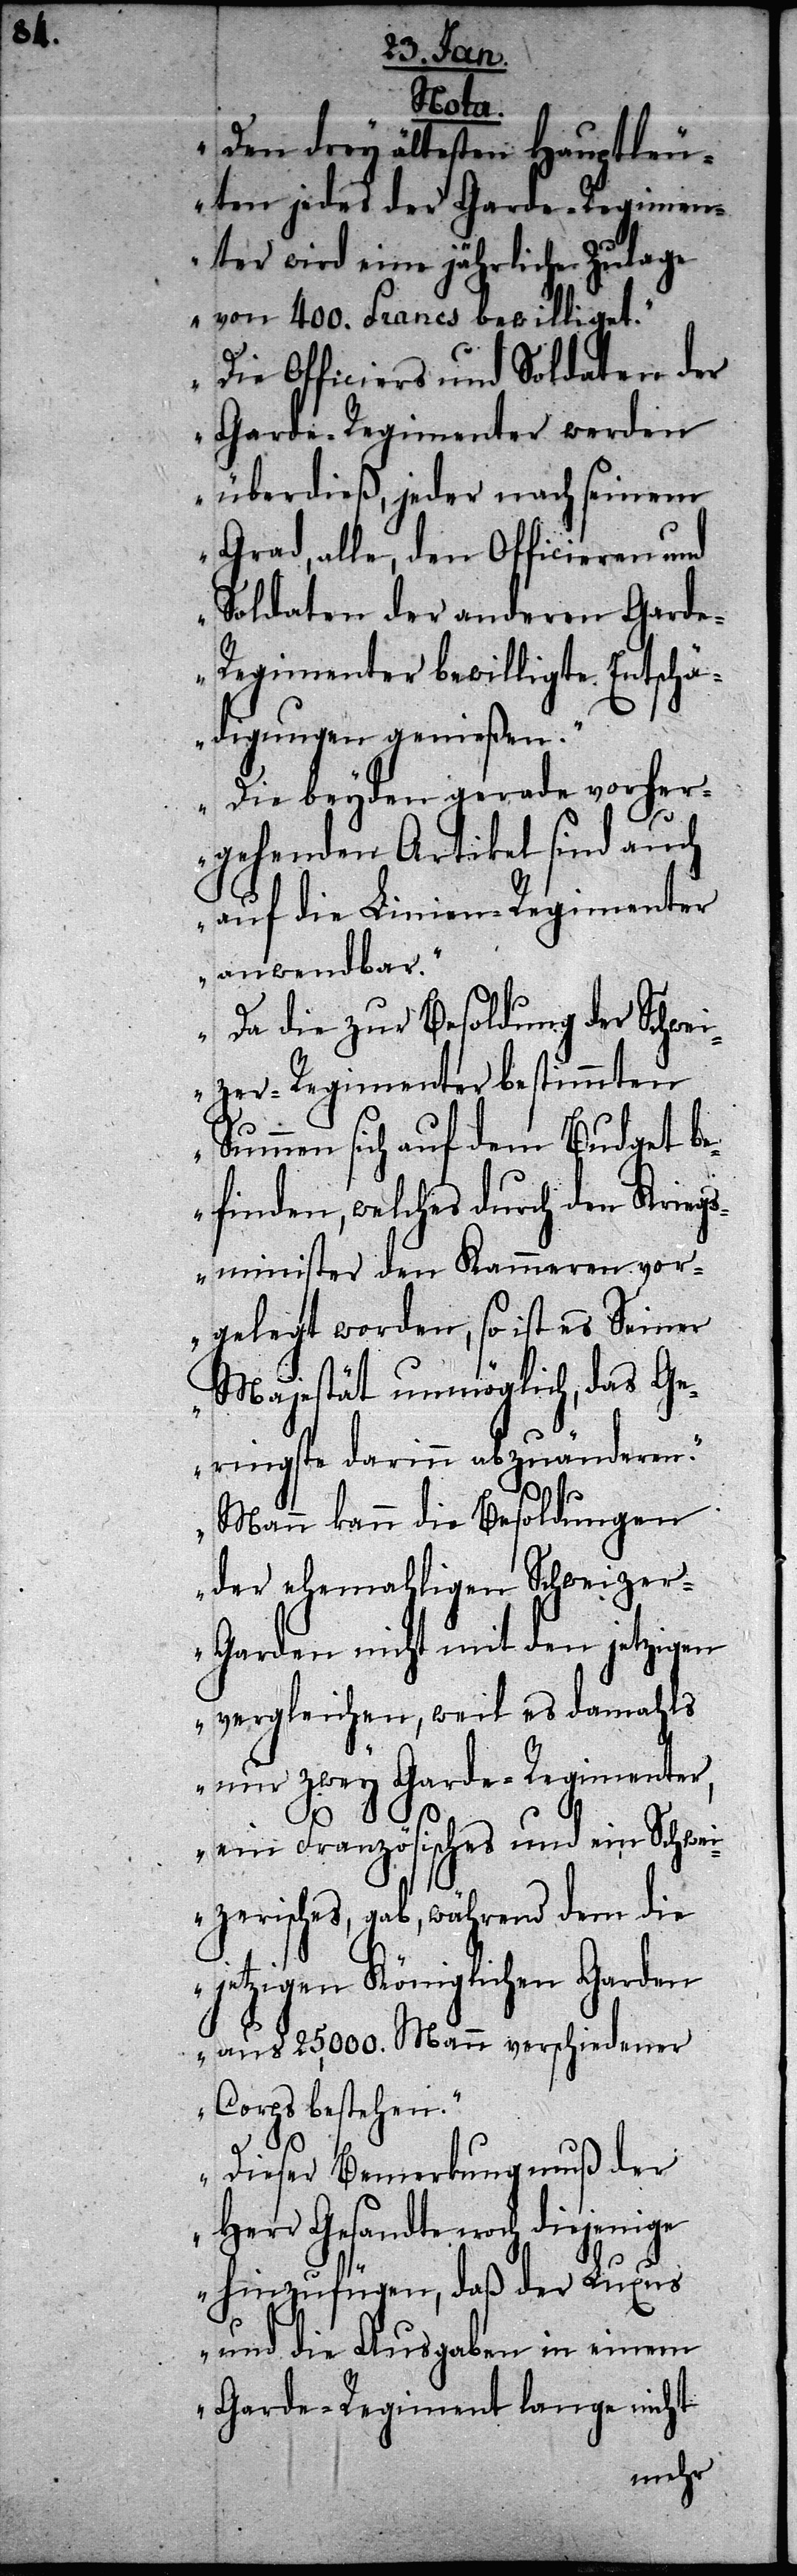
Nota.
„Den drey ältesten Hauptleu¬
ten jedes der Garde-Regimen¬
ter wird eine jährliche Zulage
von 400. Francs bewilliget.“
„Die Officiers und Soldaten der
Garde-Regimenter werden
überdieß, jeder nach seinem
Grad, alle, den Officieren und
Soldaten der anderen Gard¬
e-Regimenter bewilligte Entschä¬
digungen genießen.“
„Die beyden gerade vorher¬
gehenden Artikel sind auch
auf die Linien-Regimenter
anwendbar.“
„Da die zur Besoldung der Schwei¬
zer-Regimenter bestimmten
Summen sich auf dem Budget be¬
finden, welches durch den Kriegs¬
minister den Kammeren vor¬
gelegt worden, so ist es Seiner
Majestät unmöglich, das Ge¬
ringste darinn abzuänderen.“
„Mann kann die Besoldungen
der ehemahligen Schweize¬
r-Garden nicht mit den jetzigen
vergleichen, weil es damahls
nur zwey Garde-Regimenter,
ein Französisches und ein Schwei¬
zerisches, gab, während dem die
jetzigen Königlichen Garden
aus 25,000. Mann verschiedener
Corps bestehen.“
„Dieser Bemerkung muß der
Herr Gesandte noch diejenige
hinzufügen, daß der Luxus
und die Ausgaben in einem
Garde-Regiment lange nicht